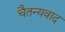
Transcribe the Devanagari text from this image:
चैतन्यवाद